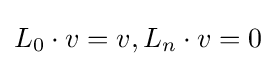
L_{0}\cdot v=v,L_{n}\cdot v=0